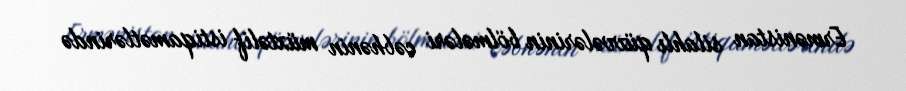
Ermənistan silahlı qüvvələrinin bölmələri cəbhənin müxtəlif istiqamətlərində